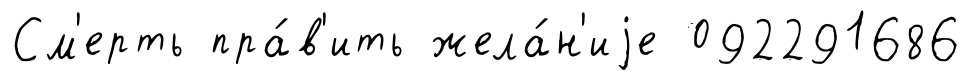
См'ерть пра́в'ить жела́н'иjе 092291686